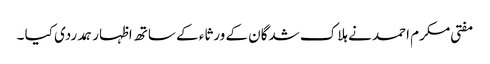
مفتی مکرم احمد نے ہلاک شدگان کے ورثاء کے ساتھ اظہار ہمدردی کیا ۔